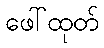
ဖေါ်ထုတ်